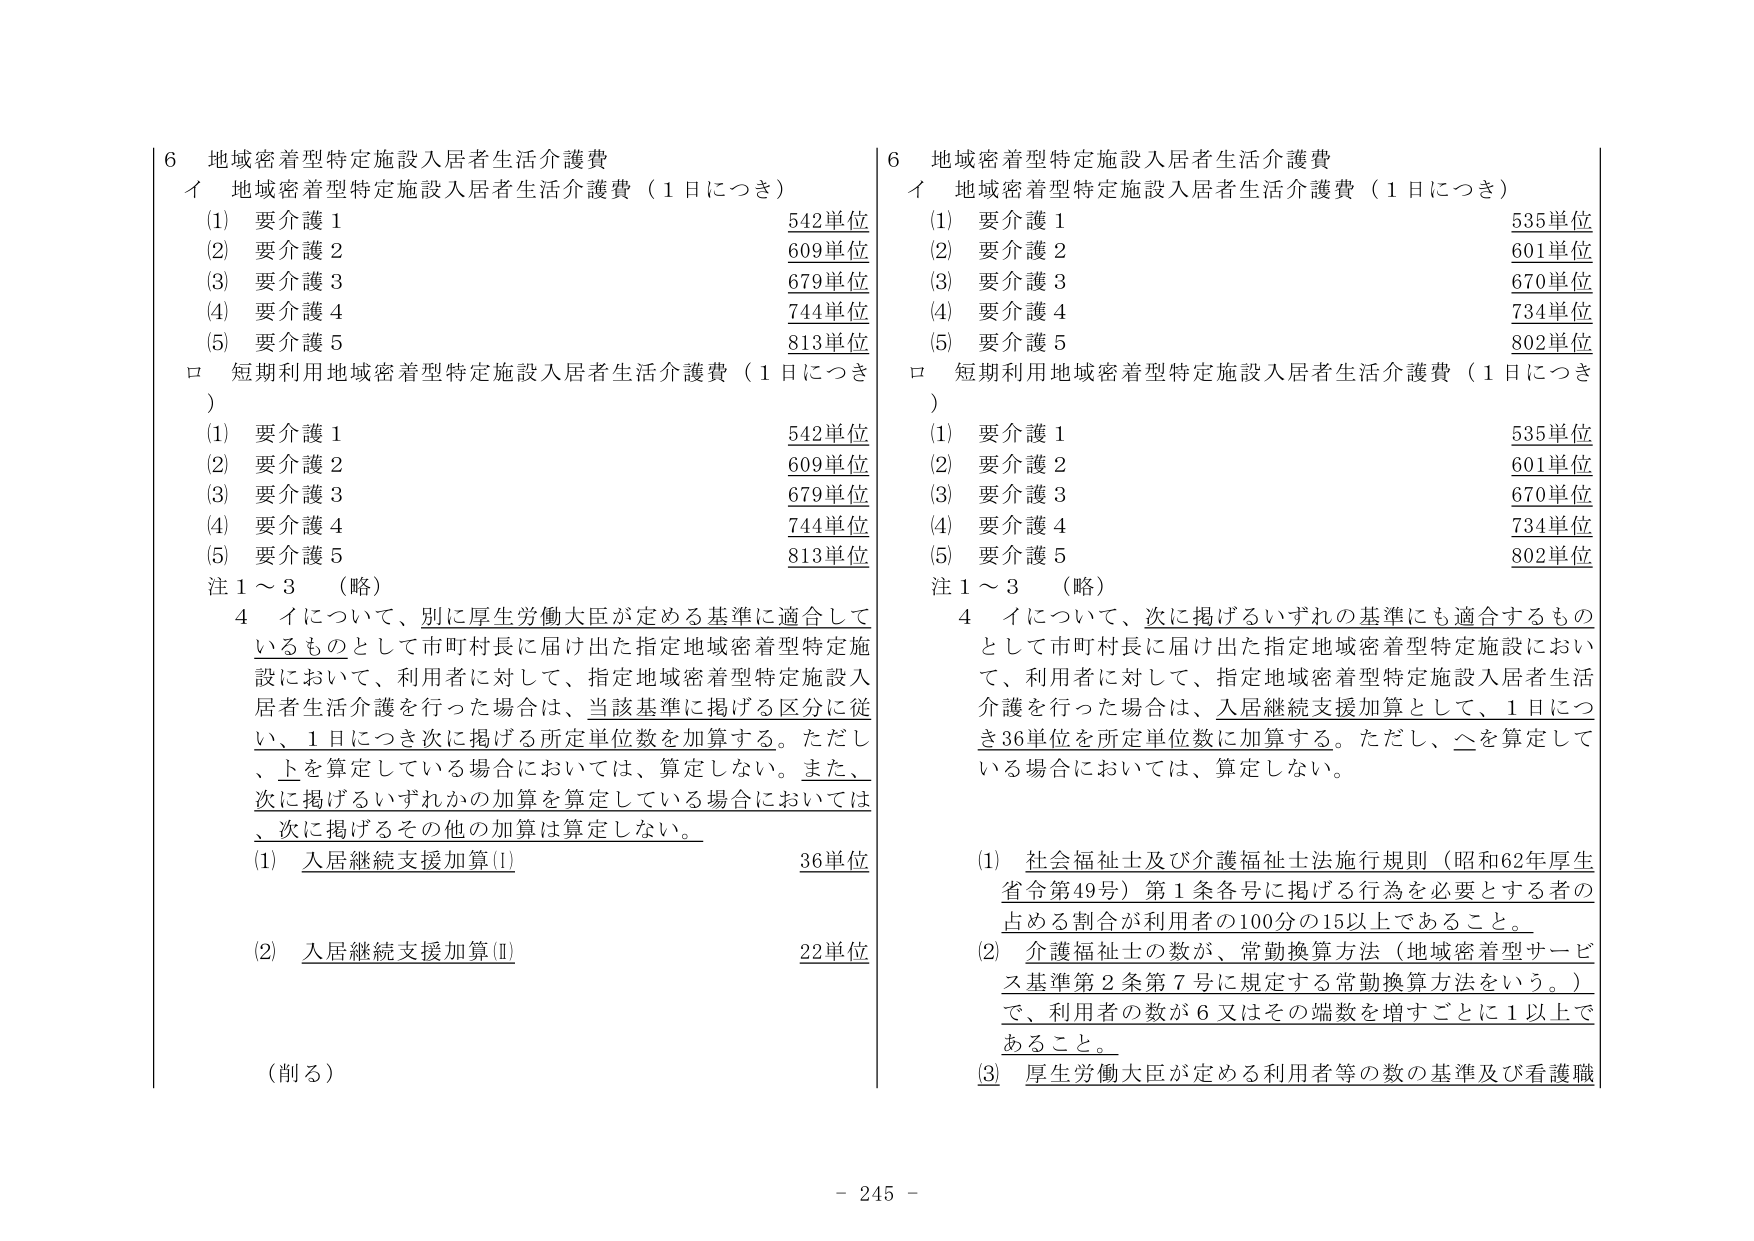
6 地域密着型特定施設入居者生活介護費
イ 地域密着型特定施設入居者生活介護費（1日につき）
(1) 要介護1 542単位
(2) 要介護2 609単位
(3) 要介護3 679単位
(4) 要介護4 744単位
(5) 要介護5 813単位
ロ 短期利用地域密着型特定施設入居者生活介護費（1日につき）
(1) 要介護1 542単位
(2) 要介護2 609単位
(3) 要介護3 679単位
(4) 要介護4 744単位
(5) 要介護5 813単位
注1～3 （略）
4 イについて、別に厚生労働大臣が定める基準に適合しているものとして市町村長に届け出た指定地域密着型特定施設において、利用者に対して、指定地域密着型特定施設入居者生活介護を行った場合は、当該基準に掲げる区分に従い、1日につき次に掲げる所定単位数を加算する。ただし、上を算定している場合においては、算定しない。また、次に掲げるいずれかの加算を算定している場合においては、次に掲げるその他の加算は算定しない。
(1) 入居継続支援加算(Ⅰ) 36単位
(2) 入居継続支援加算(Ⅱ) 22単位
（削る）

6 地域密着型特定施設入居者生活介護費
イ 地域密着型特定施設入居者生活介護費（1日につき）
(1) 要介護1 535単位
(2) 要介護2 601単位
(3) 要介護3 670単位
(4) 要介護4 734単位
(5) 要介護5 802単位
ロ 短期利用地域密着型特定施設入居者生活介護費（1日につき）
(1) 要介護1 535単位
(2) 要介護2 601単位
(3) 要介護3 670単位
(4) 要介護4 734単位
(5) 要介護5 802単位
注1～3 （略）
4 イについて、次に掲げるいずれの基準にも適合するものとして市町村長に届け出た指定地域密着型特定施設において、利用者に対して、指定地域密着型特定施設入居者生活介護を行った場合は、入居継続支援加算として、1日につき36単位を所定単位数に加算する。ただし、△を算定している場合においては、算定しない。
(1) 社会福祉士及び介護福祉士法施行規則（昭和62年厚生省令第49号）第1条各号に掲げる行為を必要とする者の占める割合が利用者の100分の15以上であること。
(2) 介護福祉士の数が、常勤換算方法（地域密着型サービス基準第2条第7号に規定する常勤換算方法をいう。）で、利用者の数が6又はその端数を増ごとに1以上であること。
(3) 厚生労働大臣が定める利用者等の数の基準及び看護職

- 245 -